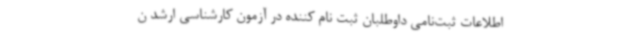
اطلاعات ثبت‌نامی داوطلبان ثبت نام کننده در آزمون‌ کارشناسی ارشد ن